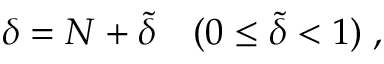
\delta = N + \tilde { \delta } \quad ( 0 \le \tilde { \delta } < 1 ) \; ,